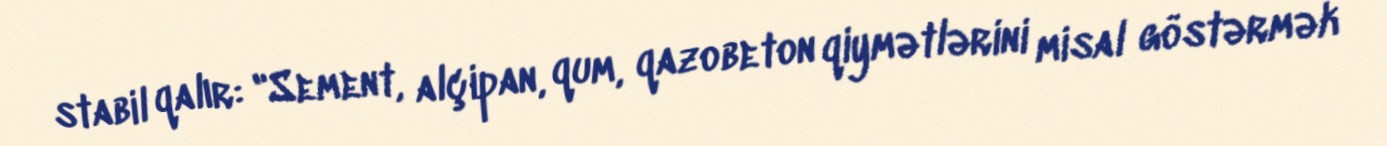
stabil qalır: "Sement, alçipan, qum, qazobeton qiymətlərini misal göstərmək